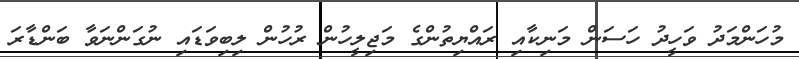
މުހަންމަދު ވަހީދު ހަސަން މަނިކާއި ރައްޔިތުންގެ މަޖިލީހުން ރުހުން ލިބިވަޑައި ނުގަންނަވާ ބަންޑާރަ